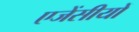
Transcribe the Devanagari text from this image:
एजेंसीयों